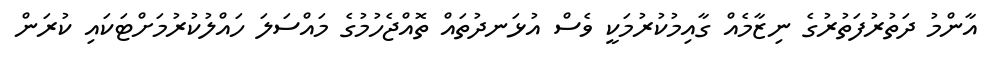
އާންމު ދަތުރުފަތުރުގެ ނިޒާމެއް ގާއިމުކުރުމަކީ ވެސް އުޅަނދުތައް ތޮއްޖެހުމުގެ މައްސަލަ ހައްލުކުރުމަށްޓަކައި ކުރަން